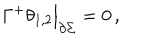
LaTeX: \Gamma ^ { + } \theta _ { 1 , 2 } \Big | _ { \partial \Sigma } = 0 \, ,